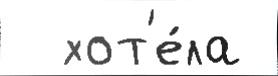
  хот'е́ла